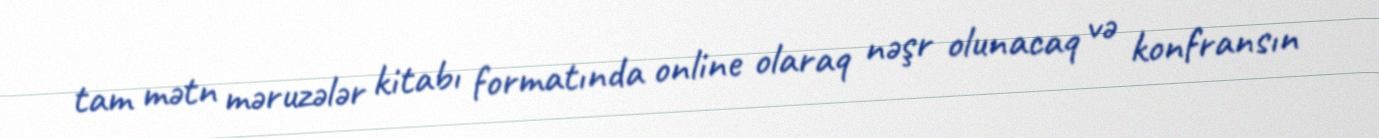
tam mətn məruzələr kitabı formatında online olaraq nəşr olunacaq və konfransın